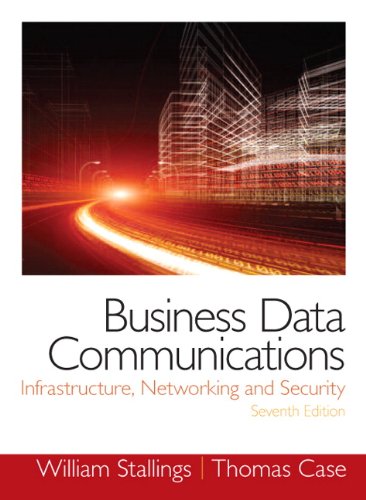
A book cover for Business Data Communications- Infrastructure, Networking and Security (7th Edition); William Stallings; Engineering & Transportation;